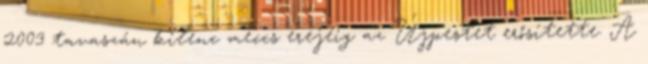
2003 tavaszán kilenc meccs erejéig az Újpestet erősítette. A